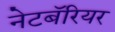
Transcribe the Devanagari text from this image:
नेटबॅरियर